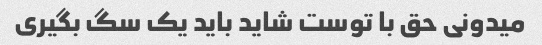
میدونی حق با توست شاید باید یک سگ بگیری